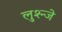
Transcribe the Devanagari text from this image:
लुश्न्जे